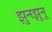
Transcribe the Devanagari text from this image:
झुनझूनू